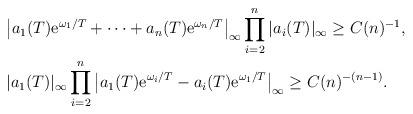
LaTeX: \begin{align*} &\big|a_1(T){\mathrm{e}}^{\omega_1/T}+\cdots+a_n(T){\mathrm{e}}^{\omega_n/T}\big|_\infty \prod_{i=2}^n |a_i(T)|_\infty \ge C(n)^{-1}, \\ &|a_1(T)|_\infty \prod_{i=2}^n \big|a_1(T){\mathrm{e}}^{\omega_i/T}-a_i(T){\mathrm{e}}^{\omega_1/T}\big|_\infty \ge C(n)^{-(n-1)}.\end{align*}